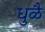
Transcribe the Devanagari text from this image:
धुळै